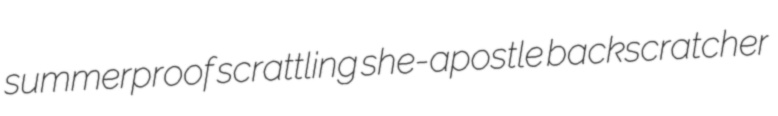
summerproof scrattling she-apostle backscratcher